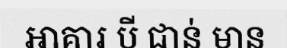
អាគារ បី ជាន់ មាន